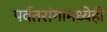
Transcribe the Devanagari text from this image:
पर्वतरांगामध्येही